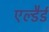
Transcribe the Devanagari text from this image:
एल्डैर्ड